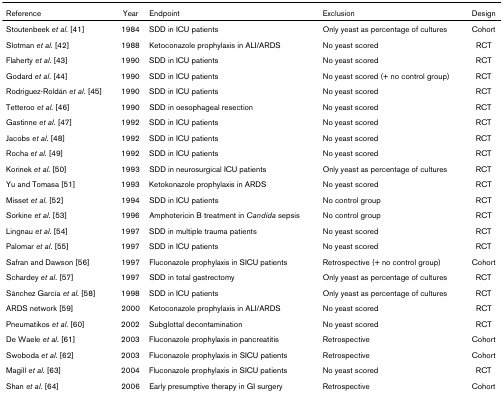
<table><thead><tr><td><b>Reference</b></td><td><b>Year</b></td><td><b>Endpoint</b></td><td><b>Exclusion</b></td><td><b>Design</b></td></tr></thead><tbody><tr><td>Stoutenbeek <i>et al</i>. [41]</td><td>1984</td><td>SDD in ICU patients</td><td>Only yeast as percentage of cultures</td><td>Cohort</td></tr><tr><td>Slotman <i>et al</i>. [42]</td><td>1988</td><td>Ketoconazole prophylaxis in ALI/ARDS</td><td>No yeast scored</td><td>RCT</td></tr><tr><td>Flaherty <i>et al</i>. [43]</td><td>1990</td><td>SDD in ICU patients</td><td>No yeast scored</td><td>RCT</td></tr><tr><td>Godard <i>et al</i>. [44]</td><td>1990</td><td>SDD in ICU patients</td><td>No yeast scored (+ no control group)</td><td>RCT</td></tr><tr><td>Rodriguez-Roldán <i>et al</i>. [45]</td><td>1990</td><td>SDD in ICU patients</td><td>No yeast scored</td><td>RCT</td></tr><tr><td>Tetteroo <i>et al</i>. [46]</td><td>1990</td><td>SDD in oesophageal resection</td><td>No yeast scored</td><td>RCT</td></tr><tr><td>Gastinne <i>et al</i>. [47]</td><td>1992</td><td>SDD in ICU patients</td><td>No yeast scored</td><td>RCT</td></tr><tr><td>Jacobs <i>et al</i>. [48]</td><td>1992</td><td>SDD in ICU patients</td><td>No yeast scored</td><td>RCT</td></tr><tr><td>Rocha <i>et al</i>. [49]</td><td>1992</td><td>SDD in ICU patients</td><td>No yeast scored</td><td>RCT</td></tr><tr><td>Korinek <i>et al</i>. [50]</td><td>1993</td><td>SDD in neurosurgical ICU patients</td><td>Only yeast as percentage of cultures</td><td>RCT</td></tr><tr><td>Yu and Tomasa [51]</td><td>1993</td><td>Ketokonazole prophylaxis in ARDS</td><td>No yeast scored</td><td>RCT</td></tr><tr><td>Misset <i>et al</i>. [52]</td><td>1994</td><td>SDD in ICU patients</td><td>No control group</td><td>RCT</td></tr><tr><td>Sorkine <i>et al</i>. [53]</td><td>1996</td><td>Amphotericin B treatment in <i>Candida </i>sepsis</td><td>No control group</td><td>RCT</td></tr><tr><td>Lingnau <i>et al</i>. [54]</td><td>1997</td><td>SDD in multiple trauma patients</td><td>No yeast scored</td><td>RCT</td></tr><tr><td>Palomar <i>et al</i>. [55]</td><td>1997</td><td>SDD in ICU patients</td><td>No yeast scored</td><td>RCT</td></tr><tr><td>Safran and Dawson [56]</td><td>1997</td><td>Fluconazole prophylaxis in SICU patients</td><td>Retrospective (+ no control group)</td><td>Cohort</td></tr><tr><td>Schardey <i>et al</i>. [57]</td><td>1997</td><td>SDD in total gastrectomy</td><td>Only yeast as percentage of cultures</td><td>RCT</td></tr><tr><td>Sánchez García <i>et al</i>. [58]</td><td>1998</td><td>SDD in ICU patients</td><td>Only yeast as percentage of cultures</td><td>RCT</td></tr><tr><td>ARDS network [59]</td><td>2000</td><td>Ketoconazole prophylaxis in ALI/ARDS</td><td>No yeast scored</td><td>RCT</td></tr><tr><td>Pneumatikos <i>et al</i>. [60]</td><td>2002</td><td>Subglottal decontamination</td><td>No yeast scored</td><td>RCT</td></tr><tr><td>De Waele <i>et al</i>. [61]</td><td>2003</td><td>Fluconazole prophylaxis in pancreatitis</td><td>Retrospective</td><td>Cohort</td></tr><tr><td>Swoboda <i>et al</i>. [62]</td><td>2003</td><td>Fluconazole prophylaxis in SICU patients</td><td>Retrospective</td><td>Cohort</td></tr><tr><td>Magill <i>et al</i>. [63]</td><td>2004</td><td>Fluconazole prophylaxis in SICU patients</td><td>No yeast scored</td><td>RCT</td></tr><tr><td>Shan <i>et al</i>. [64]</td><td>2006</td><td>Early presumptive therapy in GI surgery</td><td>Retrospective</td><td>Cohort</td></tr></tbody></table>